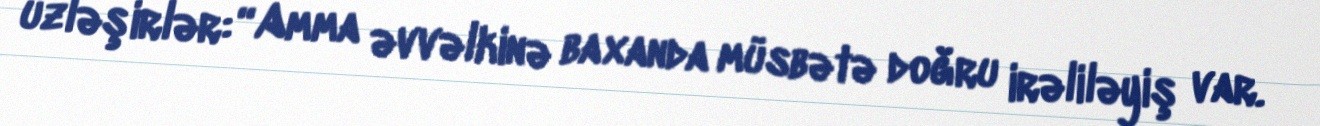
üzləşirlər: “Amma əvvəlkinə baxanda müsbətə doğru irəliləyiş var.